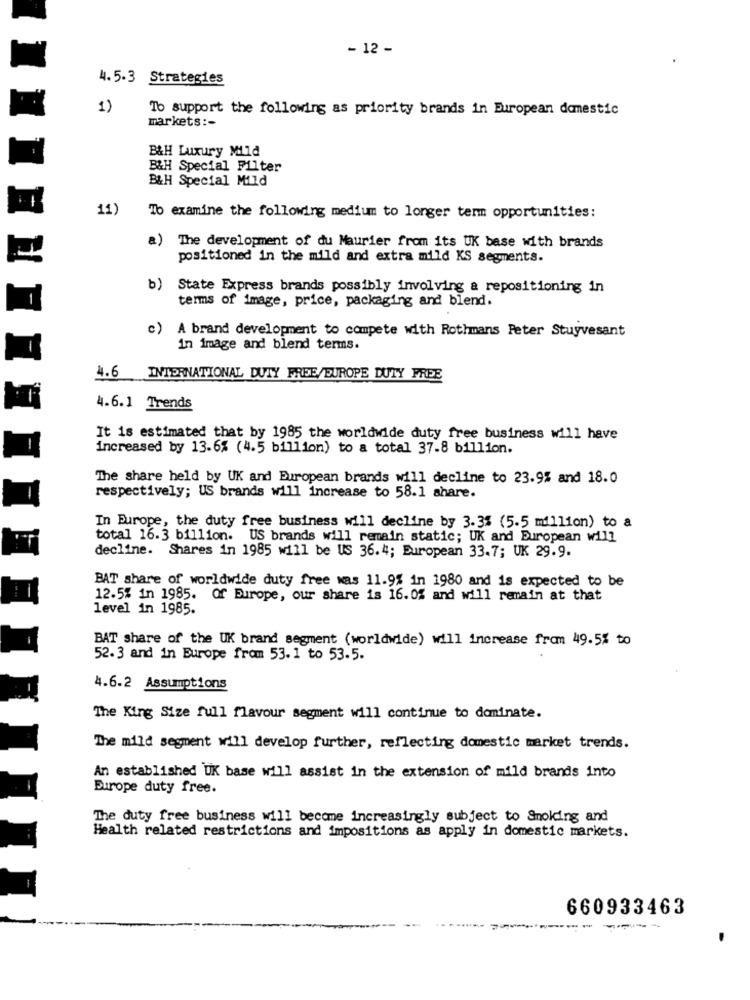
- 12 -
4.5.3 Strategies
1)
To support the following as priority brands in European domestic
markets :-
B&H Luxury Mild
B&H Special Filter
B&H Special Mild
11)
To examine the following medium to longer term opportunities:
a) The development of du Maurier from its UK base with brands
£LEH
positioned in the mild and extra mild KS segments.
b) State Express brands possibly involving a repositioning in
terms of image, price, packaging and blend.
d
c) A brand development to compete with Rothmans Peter Stuyvesant
in image and blend terms.
4.6 INTERNATIONAL DUTY FREE/EUROPE DUTY FREE
4.6.1 Trends
It is estimated that by 1985 the worldwide duty free business will have
increased by 13.6% (4.5 billion) to a total 37.8 billion.
The share held by UK and European brands will decline to 23.9% and 18.0
respectively; US brands will increase to 58.1 share.
In Europe, the duty free business will decline by 3.3% (5.5 million) to a
total 16.3 billion. US brands will remain static; UK and European will
decline. Shares in 1985 will be US 36.4; European 33.7; UK 29.9.
BAT share of worldwide duty free was 11.9% in 1980 and is expected to be
12.5% in 1985. Of Europe, our share is 16.0% and will remain at that
level in 1985.
BAT share of the UK brand segment (worldwide) will increase from 49.5% to
52.3 and in Europe from 53.1 to 53.5.
4.6.2 Assumptions
The King Size full flavour segment will continue to dominate.
The mild segment will develop further, reflecting domestic market trends.
An established UK base will assist in the extension of mild brands into
Europe duty free.
The duty free business will become increasingly subject to Smoking and
Health related restrictions and impositions as apply in domestic markets.
660933463
----
----